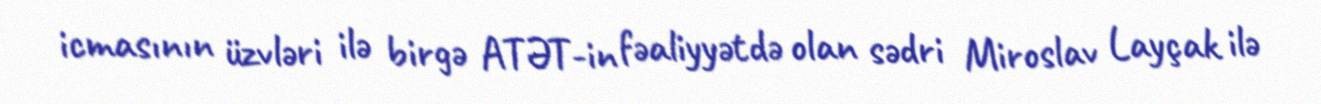
icmasının üzvləri ilə birgə ATƏT-in fəaliyyətdə olan sədri Miroslav Layçak ilə